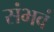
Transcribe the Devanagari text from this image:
संभवं